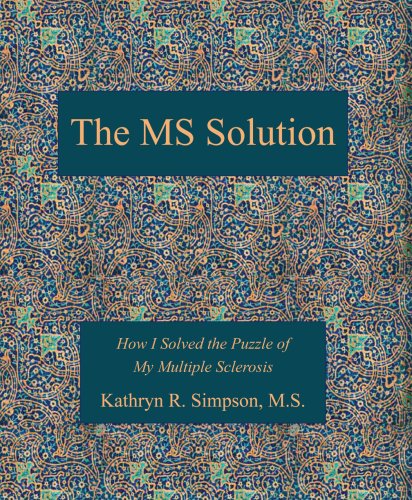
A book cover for The MS Solution: How I Solved the Puzzle of My Multiple Sclerosis; Kathryn R. Simpson; Health, Fitness & Dieting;